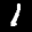
Label: 1